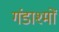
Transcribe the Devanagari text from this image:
गंडाश्मों